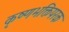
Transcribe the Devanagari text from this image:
कृष्णभक्तिपरक